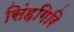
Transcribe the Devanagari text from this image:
सिंहगिरि